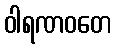
ဝါရဏဝတေ